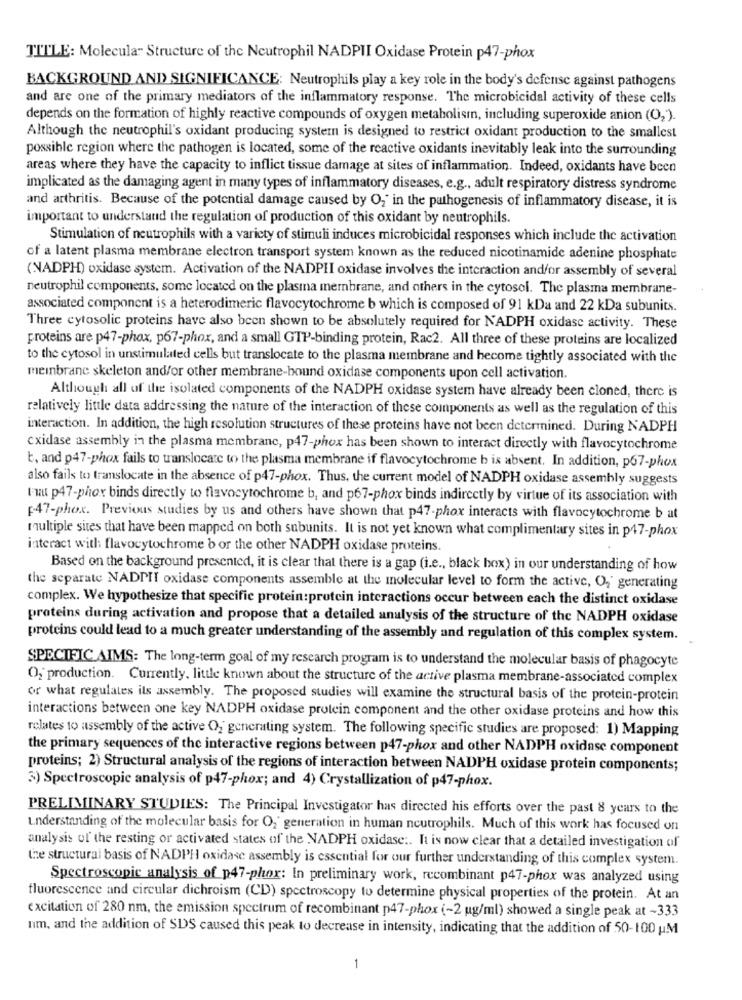
TITLE: Molecular Structure of the Neutrophil NADPII Oxidase Protein p47-phox
BACKGROUND AND SIGNIFICANCE: Neutrophils play a key role in the body's defense against pathogens
and are one of the primary mediators of the inflammatory response. The microbicidal activity of these cells
depends on the formation of highly reactive compounds of oxygen metabolism, including superoxide anion (O2).
Although the neutrophil's oxidant producing system is designed to restrict oxidant production to the smallest
possible region where the pathogen is located, some of the reactive oxidants inevitably leak into the surrounding
areas where they have the capacity to inflict tissue damage at sites of inflammation. Indeed, oxidants have been
implicated as the damaging agent in many types of inflammatory diseases, e.g ., adult respiratory distress syndrome
and arthritis. Because of the potential damage caused by O," in the pathogenesis of inflammatory disease, it is
important to understand the regulation of production of this oxidant by neutrophils.
Stimulation of neutrophils with a variety of stimuli induces microbicidal responses which include the activation
of a latent plasma membrane electron transport system known as the reduced nicotinamide adenine phosphate
(NADPH) oxidase system. Activation of the NADPH oxidase involves the interaction andfor assembly of several
neutrophil components, some located on the plasma membrane, and others in the cytosol. The plasma membrane-
associated component is a heterodimeric flavocytochrome b which is composed of 91 kDa and 22 kDa subunits.
Three cytosolic proteins have also been shown to be absolutely required for NADPH oxidase activity. These
proteins are p47-phox, p67-phox, and a small GTP-binding protein, Rac2. All three of these proteins are localized
to the cytosol in unstimulated cells but translocate to the plasma membrane and become tightly associated with the
membrane skeleton and/or other membrane-bound oxidase components upon cell activation.
Although all of the isolated components of the NADPH oxidase system have already been cloned, there is
relatively little data addressing the nature of the interaction of these components as well as the regulation of this
interaction. In addition, the high resolution structures of these proteins have not been determined. During NADPH
cxidase assembly in the plasma membrane, p47-phox has been shown to interact directly with flavocytochrome
b, and p47-phox fails to translocate to the plasma membrane if flavocytochrome b is absent. In addition, p67-phox
also fails to translocate in the absence of p47-phox. Thus, the current model of NADPH oxidase assembly suggests
Fut p47-phor binds directly to flavocytochrome b, and p67-phox binds indirectly by virtue of its association with
[47-phox. Previous studies by us and others have shown that p47-phox interacts with flavocytochrome b at
multiple sites that have been mapped on both subunits. It is not yet known what complimentary sites in p47-phox
interact with flavocytochrome b or the other NADPH oxidase proteins.
Based on the background presented, it is clear that there is a gap (i.e ., black box) in our understanding of how
the separate NADPII oxidase components assemble at the molecular level to form the active, Og' generating
complex. We hypothesize that specific protein: protein interactions occur between each the distinct oxidase
proteins during activation and propose that a detailed analysis of the structure of the NADPH oxidase
proteins could lead to a much greater understanding of the assembly and regulation of this complex system.
SPECIFIC AIMS: The long-term goal of my research program is to understand the molecular basis of phagocyte
O2 production. Currently, little known about the structure of the active plasma membrane-associated complex
or what regulates ils assembly. The proposed studies will examine the structural basis of the protein-protein
interactions between one key NADPH oxidase protein component and the other oxidase proteins and how this
relates to assembly of the active O, generating system. The following specific studies are proposed: 1) Mapping
the primary sequences of the interactive regions between p47-phox and other NADPH oxidase component
proteins; 2) Structural analysis of the regions of interaction between NADPH oxidase protein components;
3) Spectroscopic analysis of p47-phox; and 4) Crystallization of p47-phox.
PRELIMINARY STUDIES: The Principal Investigator has directed his efforts over the past 8 years to the
understanding of the molecular basis for O2' generation in human neutrophils. Much of this work has focused on
analysis of the resting or activated states of the NADPH oxidase :. It is now clear that a detailed investigation of
the structural basis of NADPH oxidase assembly is essential for our further understanding of this complex system.
Spectroscopic analysis of_p47-phor: In preliminary work, recombinant p47-phox was analyzed using
fluorescence and circular dichroism (CD) spectroscopy to determine physical properties of the protein. At an
excitation of 280 nm, the emission spectrum of recombinant p47-phox (~2 ug/ml) showed a single peak at ~333
nm, and the addition of SDS caused this peak to decrease in intensity, indicating that the addition of 50-100 UM
1